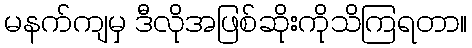
မနက်ကျမှ ဒီလိုအဖြစ်ဆိုးကိုသိကြရတာ။